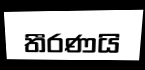
තීරණයි